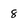
Character: 8